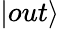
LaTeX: \vert out\rangle